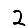
Digit: 2